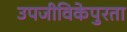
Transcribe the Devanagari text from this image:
उपजीविकेपुरता